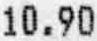
10.90